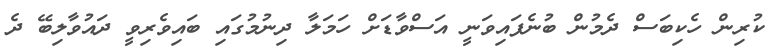
ކުރިން ހެކިބަސް ދެމުން ބުނެފައިވަނީ އަސްވާޑަށް ހަމަލާ ދިނުމުގައި ބައިވެރިވީ ދައުވާލިބޭ ދެ